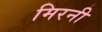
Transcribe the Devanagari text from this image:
मिरनी